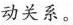
动关系。